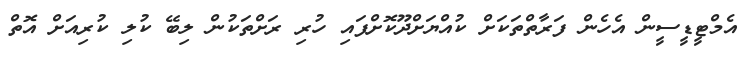
އެމްޓީޑީސީން އެހެން ފަރާތްތަކަށް ކުއްޔަށްދޫކޮށްފައި ހުރި ރަށްތަކުން ލިބޭ ކުލި ކުރިއަށް އޮތް